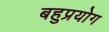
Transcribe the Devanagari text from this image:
बहुप्रयोग